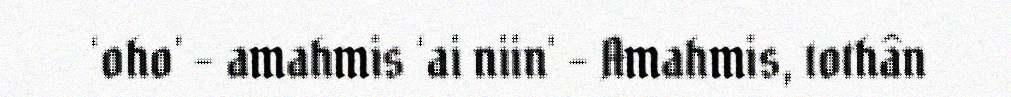
‘oho' - amahmis ‘ai niin' – Amahmis, tothân